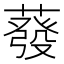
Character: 蕟